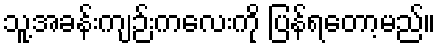
သူ့အခန်းကျဉ်းကလေးကို ပြန်ရတော့မည်။